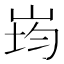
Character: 𭖠